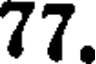
77.